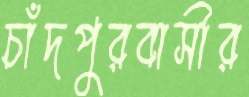
চাঁদপুরবাসীর